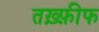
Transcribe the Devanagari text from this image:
तख़्फ़ीफ